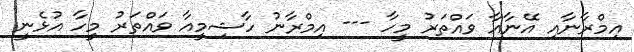
އިމްރާނާއި އޭނާއާ ވައްތަރު މީހާ --- އިމްރާނު ހާޝިމީއާ ވައްތަރު މީހާ އުޅެނީ